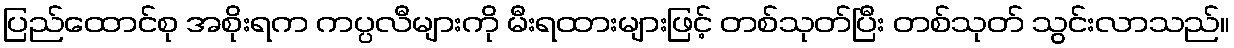
ပြည်ထောင်စု အစိုးရက ကပ္ပလီများကို မီးရထားများဖြင့် တစ်သုတ်ပြီး တစ်သုတ် သွင်းလာသည်။